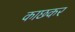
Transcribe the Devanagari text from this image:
काछकर